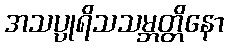
အသပ္ပုရိသသမ္ဘတ္တိနော